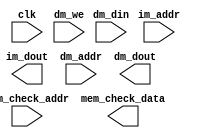
module MEM(
    input clk,

    // MEM Data BUS with CPU
	// IM port
    input [31:0] im_addr,
    output [31:0] im_dout,
	
	// DM port
    input  [31:0] dm_addr,
    input dm_we,
    input  [31:0] dm_din,
    output [31:0] dm_dout,

    // MEM Debug BUS
    input [31:0] mem_check_addr,
    output [31:0] mem_check_data
);
   
   // TODO: Your IP here.
   // Remember that we need [9:2]?

endmodule